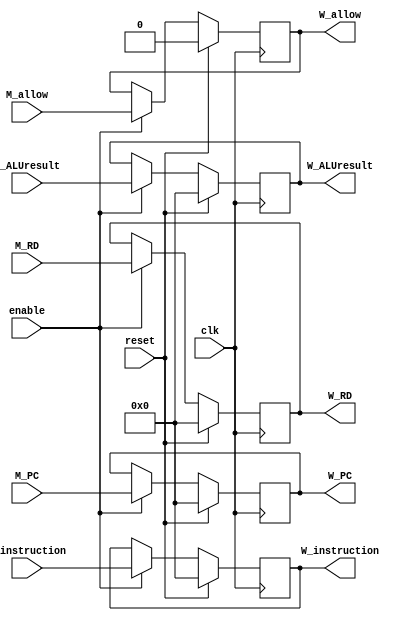
module W_reg(
    input clk,
    input reset,
    input enable,

    input [31:0] M_PC,
    input [31:0] M_instruction,
    input [31:0] M_ALUresult,
    input [31:0] M_RD,
    input M_allow,

    output reg [31:0] W_PC,
    output reg [31:0] W_instruction,
    output reg [31:0] W_ALUresult,
    output reg [31:0] W_RD,
    output reg W_allow
);

    always @(posedge clk) begin
        if (reset) begin
            W_PC <= 32'd0;
            W_instruction <= 32'd0;
            W_RD <= 32'd0; 
            W_ALUresult <= 32'd0;
            W_allow <= 1'b0;
        end
        else if (enable) begin
            W_PC <= M_PC;
            W_instruction <= M_instruction;
            W_ALUresult <= M_ALUresult;
            W_RD <= M_RD; 
            W_allow <= M_allow;
        end    
    end

endmodule